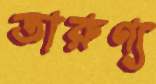
তারুণ্য